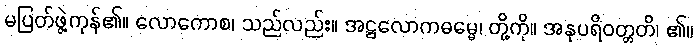
မပြတ်ဖွဲ့ကုန်၏။ လောကောစ၊ သည်လည်း။ အဋ္ဌလောကဓမ္မေ၊ တို့ကို။ အနုပရိဝတ္တတိ၊ ၏။